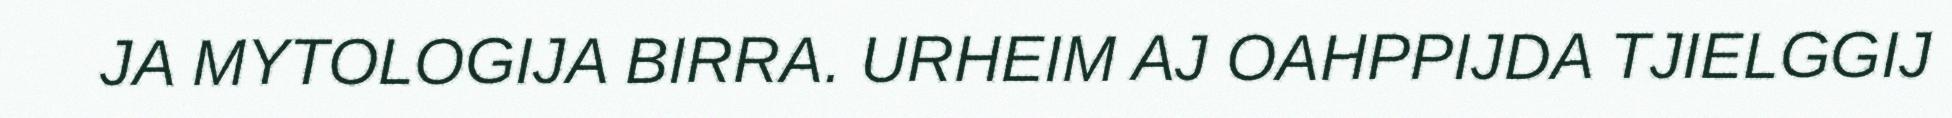
JA MYTOLOGIJA BIRRA. URHEIM AJ OAHPPIJDA TJIELGGIJ